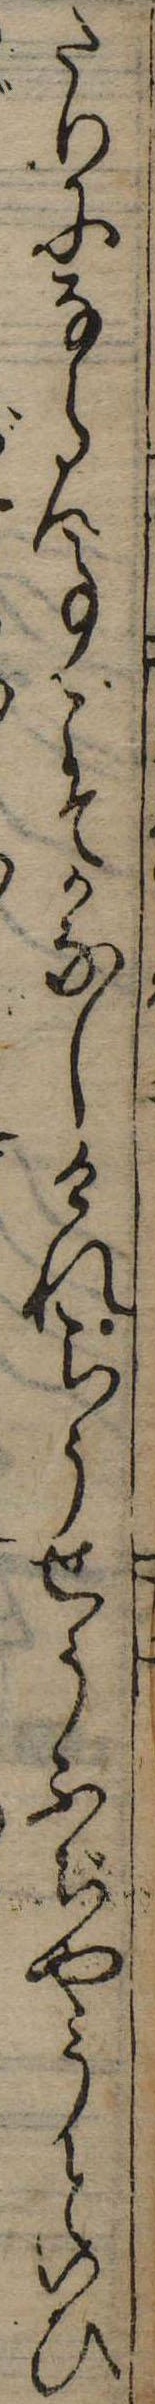
たりにならん事こそかなしけれらうせうふぢやうといひ